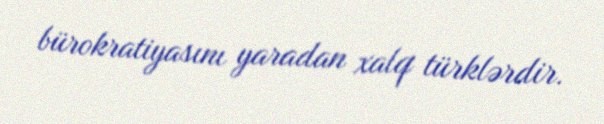
bürokratiyasını yaradan xalq türklərdir.